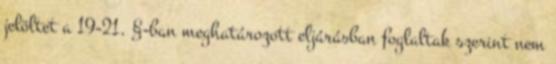
jelöltet a 19-21. §-ban meghatározott eljárásban foglaltak szerint nem